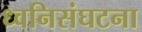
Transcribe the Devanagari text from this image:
ध्वनिसंघटना